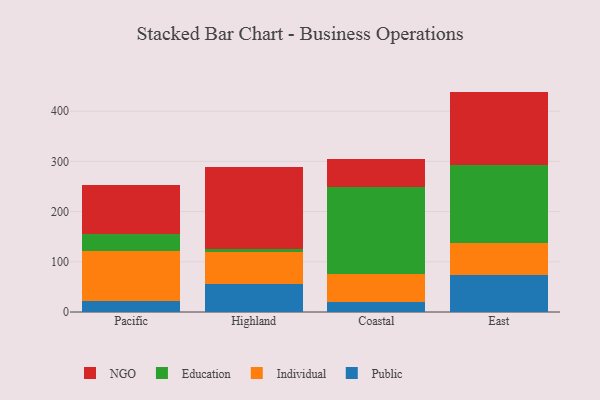
{"axis": {"x": "Region", "y": "Demand Index"}, "legend": ["Education", "Individual", "NGO", "Public"], "data": [{"x": "Pacific", "y": 21.7, "type": "Public"}, {"x": "Pacific", "y": 99.9, "type": "Individual"}, {"x": "Pacific", "y": 33.9, "type": "Education"}, {"x": "Pacific", "y": 96.6, "type": "NGO"}, {"x": "Highland", "y": 56.4, "type": "Public"}, {"x": "Highland", "y": 63.3, "type": "Individual"}, {"x": "Highland", "y": 5.4, "type": "Education"}, {"x": "Highland", "y": 164.2, "type": "NGO"}, {"x": "Coastal", "y": 20.4, "type": "Public"}, {"x": "Coastal", "y": 55.7, "type": "Individual"}, {"x": "Coastal", "y": 173.0, "type": "Education"}, {"x": "Coastal", "y": 55.9, "type": "NGO"}, {"x": "East", "y": 73.6, "type": "Public"}, {"x": "East", "y": 63.3, "type": "Individual"}, {"x": "East", "y": 155.2, "type": "Education"}, {"x": "East", "y": 146.9, "type": "NGO"}]}